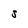
Character: S